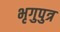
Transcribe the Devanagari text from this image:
भृगुपुत्र